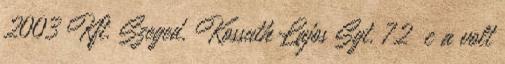
2003 Kft. Szeged, Kossuth Lajos Sgt. 72 c a volt